Vaccination in Bombay 1869-1873 - 1869-1873
Year: 1869
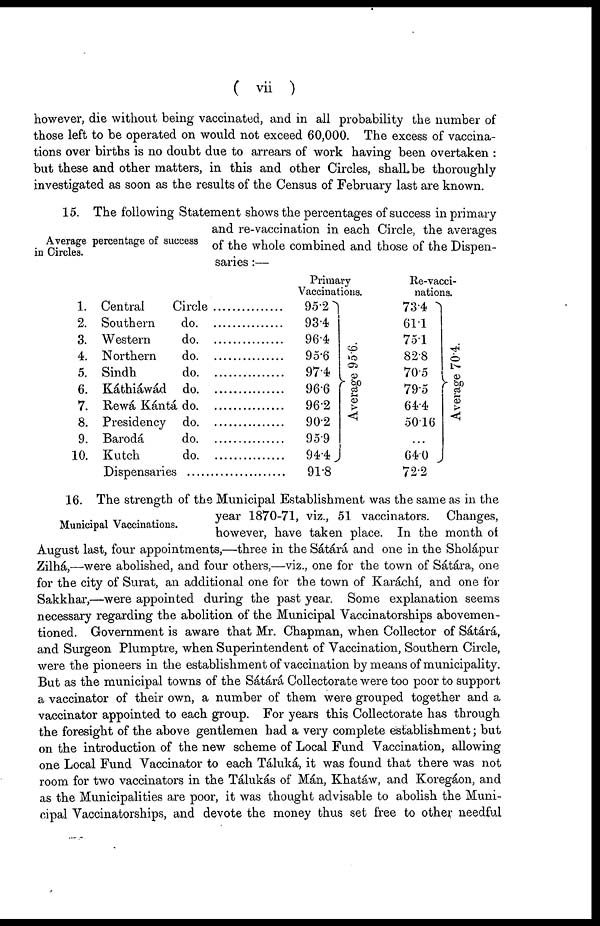
( vii )
however, die without being vaccinated, and in all probability the number of
those left to be operated on would not exceed 60,000. The excess of vaccina-
tions over births is no doubt due to arrears of work having been overtaken :
but these and other matters, in this and other Circles, shall be thoroughly
investigated as soon as the results of the Census of February last are known.
Average percentage of success
in Circles.
15. The following Statement shows the percentages of success in primary
and re-vaccination in each Circle, the averages
of the whole combined and those of the Dispen-
saries :—
1.
2.
3.
4.
5.
6.
7.
8.
9.
10.
Central
Southern
Western
Northern
Sindh
Káthiáwád
Rewá Kántá
Presidency
Barodá
Kutch
Circle
do
do
do
do
do
do
do
do
do
Dispensaries .........................
Primary
Vaccinations.
95.2
93.4
96.4
95.6
97.4
96.6
96.2
90.2
95.9
94.4
91.8
Average 95.6.
Re-vacci-
nations.
73.4
61.1
75.1
82.8
70.5
79.5
64.4
50.16
...
64.0
72.2
Average 70.4.
Municipal Vaccinations.
16. The strength of the Municipal Establishment was the same as in the
year 1870-71, viz., 51 vaccinators. Changes,
however, have taken place. In the month of
August last, four appointments,—three in the Sátárá and one in the Sholápur
Zilhá,—were abolished, and four others,—viz., one for the town of Sátára, one
for the city of Surat, an additional one for the town of Karachi, and one for
Sakkhar,—were appointed during the past year. Some explanation seems
necessary regarding the abolition of the Municipal Vaccinatorships abovemen-
tioned. Government is aware that Mr. Chapman, when Collector of Sátárá,
and Surgeon Plumptre, when Superintendent of Vaccination, Southern Circle,
were the pioneers in the establishment of vaccination by means of municipality.
But as the municipal towns of the Sátárá Collectorate were too poor to support
a vaccinator of their own, a number of them were grouped together and a
vaccinator appointed to each group. For years this Collectorate has through
the foresight of the above gentlemen had a very complete establishment; but
on the introduction of the new scheme of Local Fund Vaccination, allowing
one Local Fund Vaccinator to each Táluká, it was found that there was not
room for two vaccinators in the Tálukás of Mán, Khatáw, and Koregáon, and
as the Municipalities are poor, it was thought advisable to abolish the Muni-
cipal Vaccinatorships, and devote the money thus set free to other needful